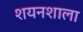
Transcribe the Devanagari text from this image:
शयनशाला